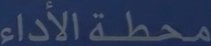
محطة الأداء